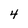
Character: 4